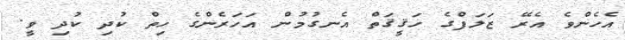
އެހެންވެ އެރޭ ޒަލަފްގެ ހަޤީޤަތް އެނގުމުން އަހަރެންގެ ހިތް ކުދި ކުދި ވީ.